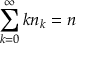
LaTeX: \sum _ { k = 0 } ^ { \infty } k n _ { k } = n